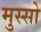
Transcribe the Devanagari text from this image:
मुस्सो